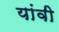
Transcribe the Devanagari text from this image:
यांवी